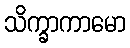
သိက္ခာကာမော